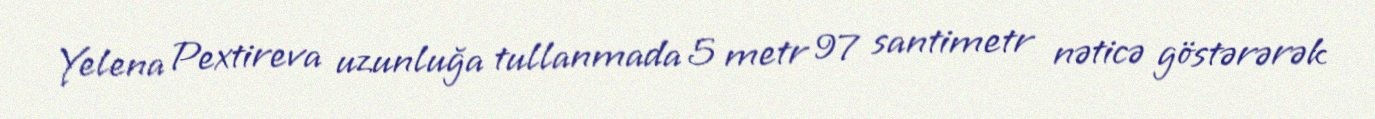
Yelena Pextireva uzunluğa tullanmada 5 metr 97 santimetr nəticə göstərərək